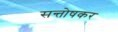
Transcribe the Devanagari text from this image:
सन्तोषकर